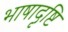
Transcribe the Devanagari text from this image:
भाषादृष्टि